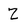
Character: z